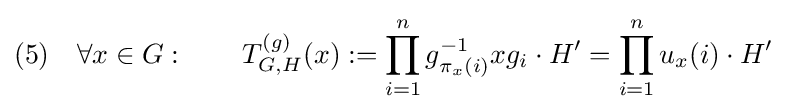
(5)\quad \forall x\in G:\qquad T_{G,H}^{(g)}(x):=\prod _{i=1}^{n}g_{\pi _{x}(i)}^{-1}xg_{i}\cdot H'=\prod _{i=1}^{n}u_{x}(i)\cdot H'